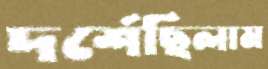
দর্শেছিলাম